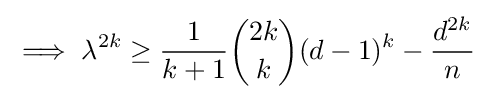
\implies \lambda ^{2k}\geq {\frac {1}{k+1}}{\binom {2k}{k}}(d-1)^{k}-{\frac {d^{2k}}{n}}